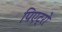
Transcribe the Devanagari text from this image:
पिएट्रो